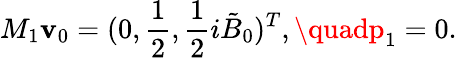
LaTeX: M_{1}\boldsymbol{\mathbf{v}}_{0}=(0,\frac{{1}}{{2}},\frac{{1}}{{2}}i\tilde{{B}}_{0})^{T},\quadp_{1}=0.